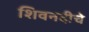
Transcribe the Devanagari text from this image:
शिवनदीचे